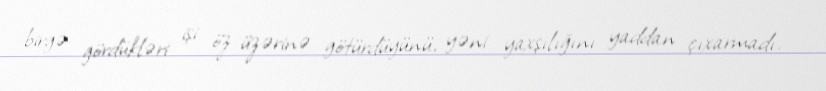
birgə gördükləri işi öz üzərinə götürdüyünü, yəni yaxşılığını yaddan çıxarmadı.